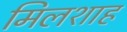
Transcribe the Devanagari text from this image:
मिलशाह